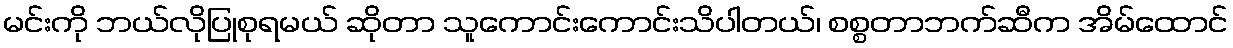
မင်းကို ဘယ်လိုပြုစုရမယ် ဆိုတာ သူကောင်းကောင်းသိပါတယ်၊ စစ္စတာဘက်ဆီက အိမ်ထောင်